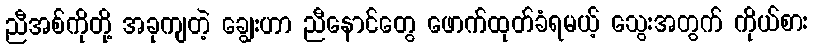
ညီအစ်ကိုတို့ အခုကျတဲ့ ချွေးဟာ ညီနောင်တွေ ဖောက်ထုတ်ခံရမယ့် သွေးအတွက် ကိုယ်စား